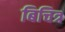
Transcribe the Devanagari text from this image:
बिचित्र